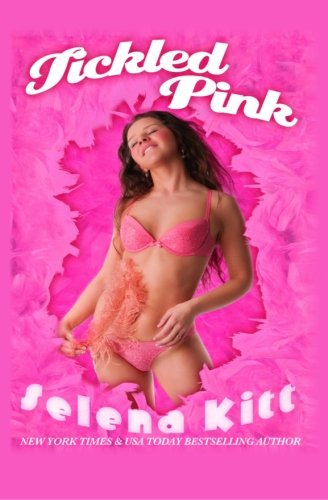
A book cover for Tickled Pink; Selena Kitt; Romance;